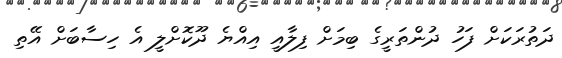
ދަތުރަކަށް ފަހު ދުންތަރީގެ ބިމަށް ފިލާއީ އިއްޔެ ދޫކޮށްލީ އެ ހިސާބަށް އޭތި